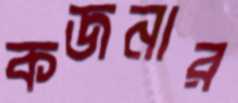
কজনার